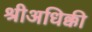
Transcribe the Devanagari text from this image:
श्रीअधिक्की